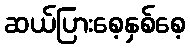
ဆယ်ပြားစေ့နှစ်စေ့